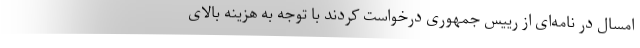
امسال در نامه‌ای از رییس جمهوری درخواست کردند با توجه به هزینه بالای